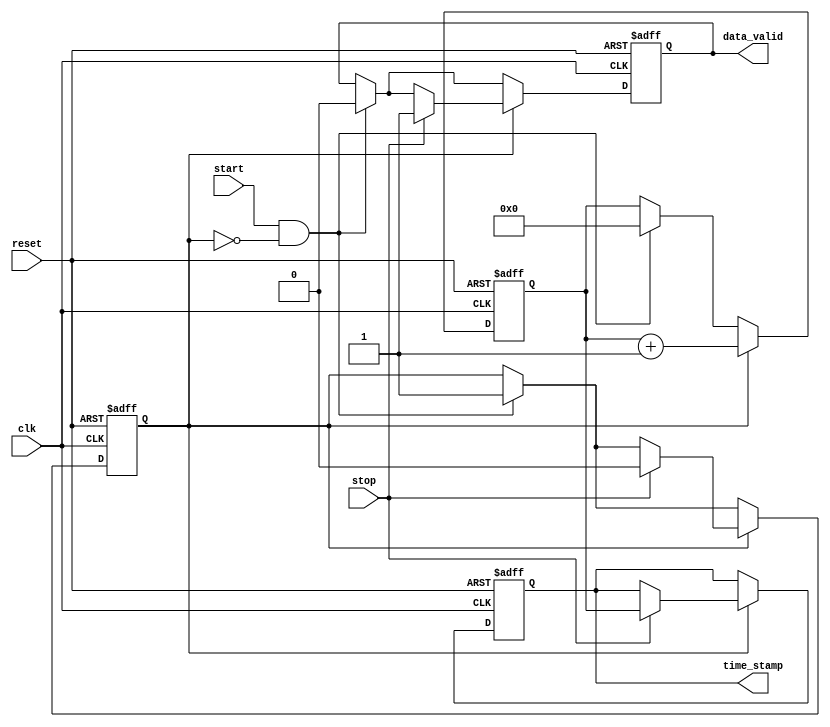
module TDC (
    input wire clk,               // High-frequency clock
    input wire reset,             // Reset signal
    input wire start,             // Start signal
    input wire stop,              // Stop signal
    output reg [31:0] time_stamp, // Time interval output
    output reg data_valid         // Data valid flag
);

    // Internal signals
    reg [31:0] counter;           // Counter for measuring time intervals
    reg measuring;                // State to indicate if measuring is active

    // Memory block to store measurements (for simplicity, using registers)
    reg [31:0] memory [0:15];     // Memory to store up to 16 measurements
    reg [3:0] mem_index;          // Index for memory storage

    // State machine for control logic
    always @(posedge clk or posedge reset) begin
        if (reset) begin
            counter <= 32'b0;
            time_stamp <= 32'b0;
            measuring <= 1'b0;
            data_valid <= 1'b0;
            mem_index <= 4'b0;
        end else begin
            if (start && !measuring) begin
                // Start measuring
                measuring <= 1'b1;
                counter <= 32'b0; // Reset counter on start
                data_valid <= 1'b0; // Reset data valid flag
            end
            
            if (measuring) begin
                // Increment counter while measuring
                counter <= counter + 1;
                
                if (stop) begin
                    // Stop measuring and capture timestamp
                    time_stamp <= counter;
                    memory[mem_index] <= counter; // Store measurement in memory
                    mem_index <= mem_index + 1; // Increment memory index
                    measuring <= 1'b0; // Stop measuring
                    data_valid <= 1'b1; // Indicate that data is valid
                end
            end
        end
    end

    // Additional logic for memory access, calibration, and power management can be added here.

endmodule